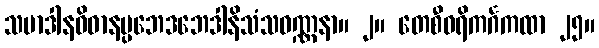
သမာဒါနဝိဓာနပ္ပဘေဒဘေဒါနိသံသဝဏ္ဏနာ။ ၂။ တေစီဝရိကင်္ဂကထာ ၂၅။